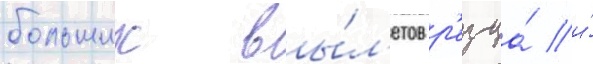
больших вы́л'етов р'езца́ и́